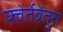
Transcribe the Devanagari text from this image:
फ्वेर्तेबेंतुरा